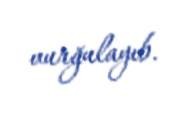
vurğulayıb.